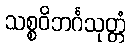
သစ္စဝိဘင်္ဂသုတ္တံ